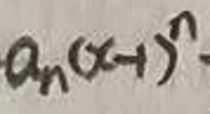
$a_{n}(x - 1)^{n}$